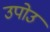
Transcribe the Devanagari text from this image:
उपोउ